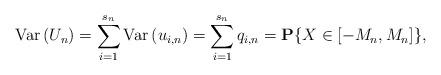
LaTeX: \begin{align*}\mbox{{\rm Var}}\left( U_{n}\right) =\sum_{i=1}^{s_{n}}\mbox{{\rm Var}}\left( u_{i,n}\right) =\sum_{i=1}^{s_{n}}q_{i,n}={\bf P}\{X\in \left[-M_{n},M_{n}\right] \}, \end{align*}